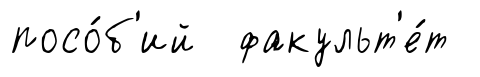
посо́б'ий факульт'е́т